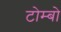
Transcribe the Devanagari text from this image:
टोम्बो